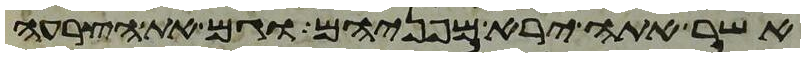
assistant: אשר אתה ירא מפניהם וגם את הצרעה